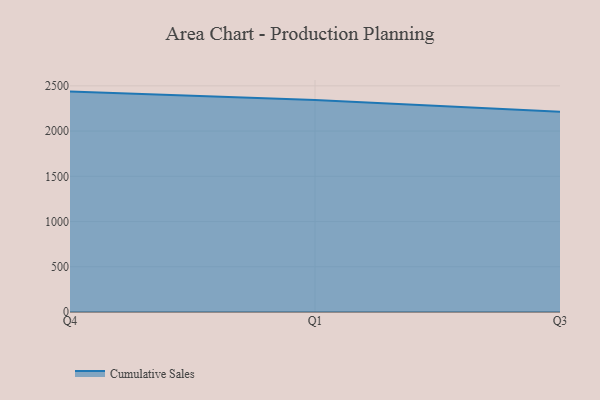
{"axis": {"x": "Quarter", "y": "Net Income (USD K)"}, "legend": ["Cumulative Sales"], "data": [{"x": "Q4", "y": 2436.4, "type": "Cumulative Sales"}, {"x": "Q1", "y": 2344.1, "type": "Cumulative Sales"}, {"x": "Q3", "y": 2212.4, "type": "Cumulative Sales"}]}